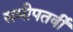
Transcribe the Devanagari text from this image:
समीपतर्वी